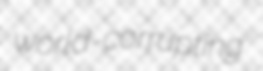
world-corrupting